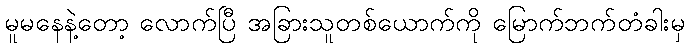
မူမနေနဲ့တော့ လောက်ပြီ အခြားသူတစ်ယောက်ကို မြောက်ဘက်တံခါးမှ